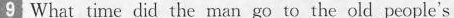
9 What time did the man go to the old people's